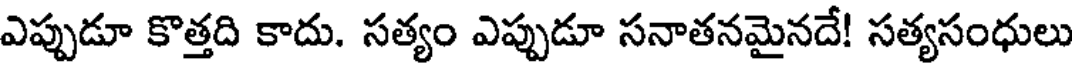
ఎప్పుడూ కొత్తది కాదు. సత్యం ఎప్పుడూ సనాతనమైనదే! సత్యసంధులు